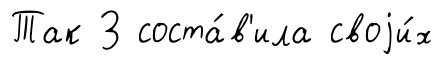
Так З соста́в'ила своjи́х